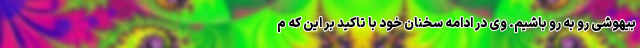
بیهوشی رو به رو باشیم. وی در ادامه سخنان خود با تاکید بر این که م